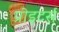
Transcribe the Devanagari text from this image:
प्रोइटर्स